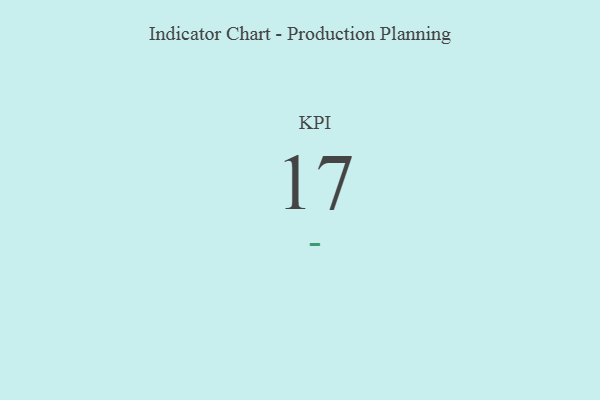
{"axis": {"x": "KPI", "y": "Value"}, "legend": [""], "data": [{"x": "KPI", "y": 17, "type": ""}]}